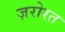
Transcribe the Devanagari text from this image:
ज़रोरत